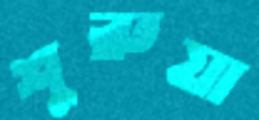
শুরুয়া